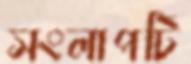
সংলাপটি